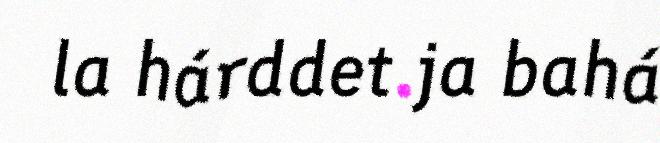
la hárddet ja bahá